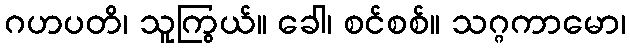
ဂဟပတိ၊ သူကြွယ်။ ခေါ၊ စင်စစ်။ သဂ္ဂကာမော၊